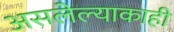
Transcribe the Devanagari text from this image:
असलेल्याकाही